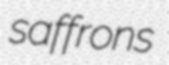
saffrons